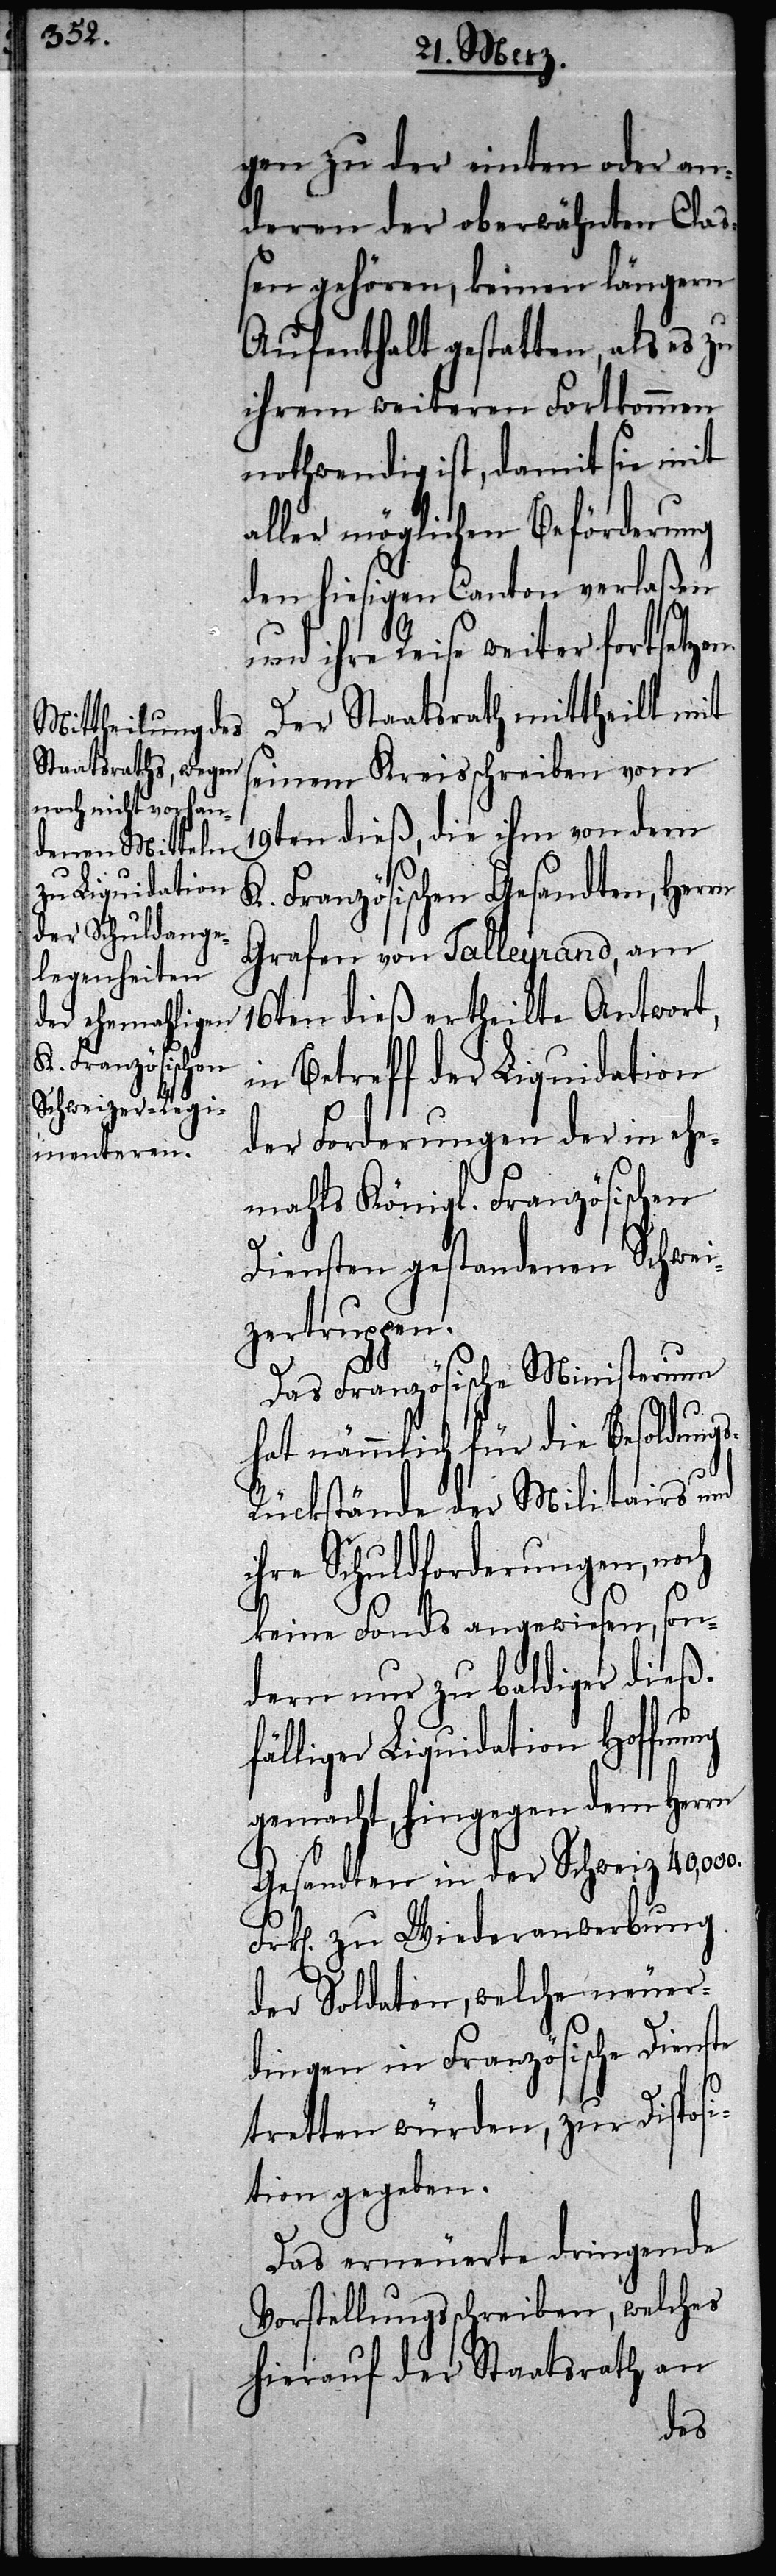
gen zu der einten oder an¬
deren der oberwähnten Claß¬
en gehören, keinen längern
Aufenthalt gestatten, als es zu
ihrem weiteren Fortkommen
nothwendig ist, damit sie mit
aller möglichen Beförderung
den hiesigen Canton verlaßen
und ihre Reise weiter fortsetzen.
Der Staatsrath mittheilt mit
seinem Kreisschreiben vom
19ten dieß, die ihm von dem
K. Französischen Gesandten, Herrn
Grafen von Talleyrand, am
16ten dieß ertheilte Antwort,
in Betreff der Liquidation
der Forderungen der in ehe¬
mahls Königl. Französischen
Diensten gestandenen Schwei¬
zertruppen.
Das Französische Ministerium
hat nämmlich für die Besoldung¬
s-Rückstände der Militairs und
ihre Schuldforderungen, noch
keine Fonds angewiesen, son¬
dern nur zu baldiger dieß¬
fälliger Liquidation Hoffnung
gemacht, hingegen dem Herrn
Gesandten in der Schweiz
Frk[en]. zu Wiederanwerbung
der Soldaten, welche neuer¬
dingen in Französische Dienste
tretten würden, zur Disposi¬
tion gegeben.
Das erneuerte dringende
Vorstellungsschreiben, welches
hierauf der Staatsrath an